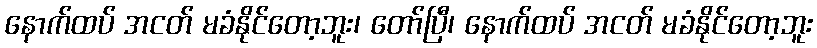
နောက်ထပ် အငတ် မခံနိုင်တော့ဘူး၊ တော်ပြီ၊ နောက်ထပ် အငတ် မခံနိုင်တော့ဘူး